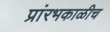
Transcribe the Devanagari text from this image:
प्रांरभकाळीच